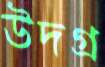
উদগ্র